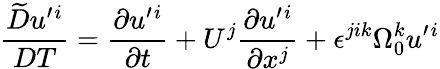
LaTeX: \frac{\widetilde{D}u^{\prime}{}^{i}}{DT}=\frac{\partial u^{\prime}{}^{i}}{\partial t}+U^{j}\frac{\partial u^{\prime}{}^{i}}{\partial x^{j}}+\epsilon^{jik}\Omega_{0}^{k}u^{\prime}{}^{i}